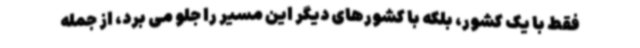
فقط با یک کشور، بلکه با کشورهای دیگر این مسیر را جلو می برد، از جمله